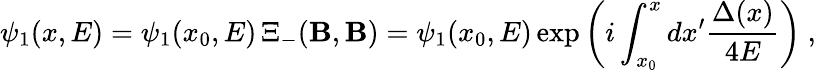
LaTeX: \psi_{1}(x,E)=\psi_{1}(x_{0},E)\, \Xi_{-}(\mathbf{B},\mathbf{B})=\psi_{1}(x_{0},E)\exp\left(i\int_{x_{0}}^{x}dx^{\prime}\frac{{\Delta(x)}}{{4E}}\right)\ ,